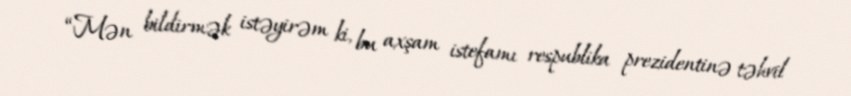
“Mən bildirmək istəyirəm ki, bu axşam istefamı respublika prezidentinə təhvil